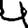
Digit: 4